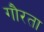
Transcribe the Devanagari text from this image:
गौरता